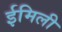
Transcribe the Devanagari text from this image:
ईमिली